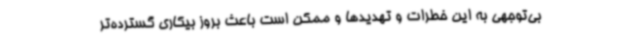
بی‌توجهی به این خطرات و تهدیدها و ممکن است باعث بروز بیکاری گسترده‌تر